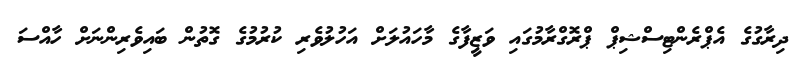
ދިރާގުގެ އެޕްރެންޓިސްޝިޕް ޕްރޮގްރާމުގައި ވަޒީފާގެ މާހައުލަށް އަހުލުވެރި ކުރުމުގެ ގޮތުން ބައިވެރިންނަށް ހާއްސަ